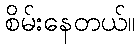
စိမ်းနေတယ်။